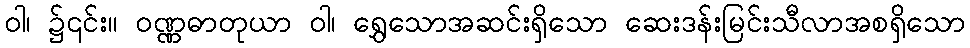
ဝါ၊ ၌၎င်း။ ဝဏ္ဏဓာတုယာ ဝါ၊ ရွှေသောအဆင်းရှိသော ဆေးဒန်းမြင်းသီလာအစရှိသော